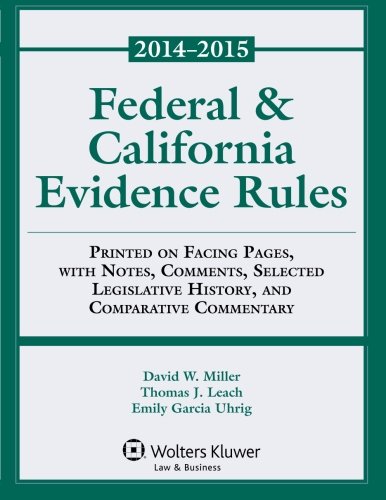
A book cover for Federal & California Evidence Rules; David W. Miller; Law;